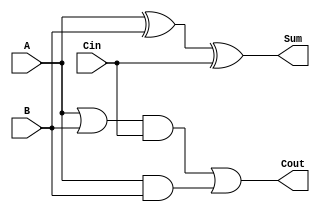
`timescale 1ns / 1ps
//////////////////////////////////////////////////////////////////////////////////
// Company: 
// Engineer: 
// 
// Design Name: 
// Module Name:    Module_FA 
// Project Name: 
// Target Devices: 
// Tool versions: 
// Description: 
//
// Dependencies: 
//
// Revision: 
// Revision 0.01 - File Created
// Additional Comments: 
//
//////////////////////////////////////////////////////////////////////////////////
module Module_FA(
    input A,
    input B,
    input Cin,
    output Sum,
    output Cout
    );

wire W1,W2,W3,W4;

//To calculate the sum
xor g1(W1,A,B);
xor g2(Sum,W1,Cin);

//To calculate the carry
or g3(W2,A,B);
and g4(W3,W2,Cin);
and g5(W4,A,B);
or g6(Cout,W3,W4);

endmodule